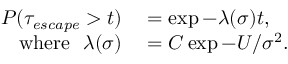
\begin{array} { r l } { P ( \tau _ { e s c a p e } > t ) } & { { } = \exp { - \lambda ( \sigma ) t } , } \\ { \mathrm { w h e r e } ~ ~ \lambda ( \sigma ) } & { { } = C \exp { - U / \sigma ^ { 2 } } . } \end{array}